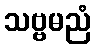
သဗ္ဗမညံ